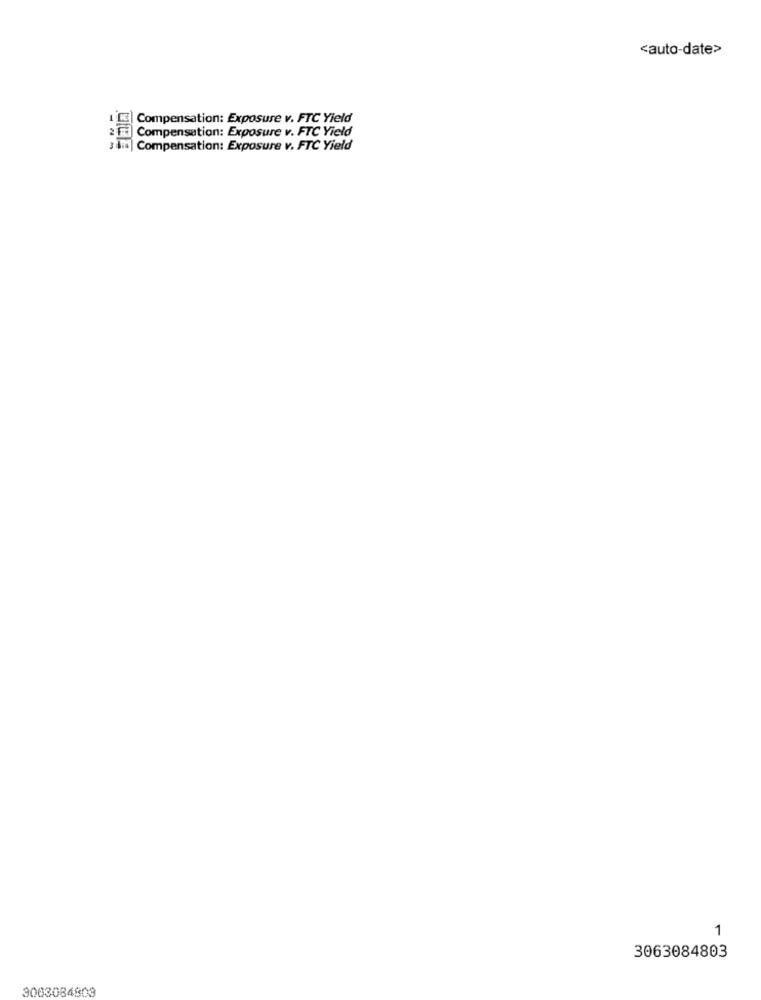
<auto-date>
Compensation: Exposure v. FTC Yield
E Compensation: Exposure v. FTC Yield
3 am Compensation: Exposure v. FTC Yield
1
3063084803
3003084803